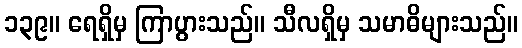
၁၃၉။ ရေရှိမှ ကြာပွားသည်။ သီလရှိမှ သမာဓိများသည်။